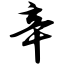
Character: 辛